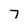
Character: 7